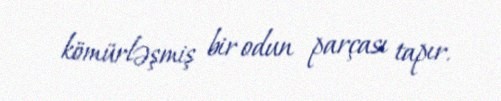
kömürləşmiş bir odun parçası tapır.